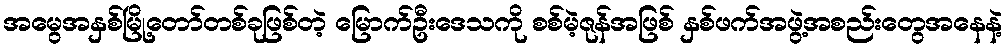
အမွေအနှစ်မြို့တော်တစ်ခုဖြစ်တဲ့ မြောက်ဦးဒေသကို စစ်မဲ့ဇုန်အဖြစ် နှစ်ဖက်အဖွဲ့အစည်းတွေအနေနဲ့